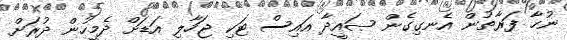
ނުހާ ފަރާތުން އެނގިގެން ޞައީދާ އައިސް ޓަކި ޖަހާލި އަޑަށް ދެމީހުން ދުރަށް